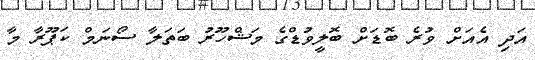
އަދި އެއަށް ވުރެ ބޮޑަށް ބޮލީވުޑްގެ މަޝްހޫރު ބަތަލާ ސޯނަމް ކަޕޫރާ މާ